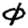
Digit: 0